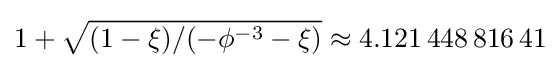
1+{\sqrt {(1-\xi )/(-\phi ^{-3}-\xi )}}\approx 4.121\,448\,816\,41